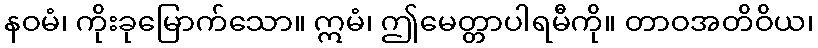
နဝမံ၊ ကိုးခုမြောက်သော။ ဣမံ၊ ဤမေတ္တာပါရမီကို။ တာဝအတိဝိယ၊